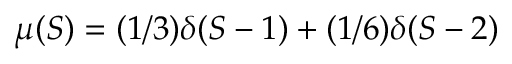
\mu ( S ) = ( 1 / 3 ) \delta ( S - 1 ) + ( 1 / 6 ) \delta ( S - 2 )